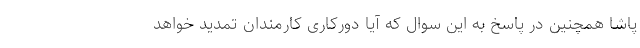
پاشا همچنین در پاسخ به این سوال که آیا دورکاری کارمندان تمدید خواهد